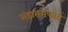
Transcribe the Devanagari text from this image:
संडाससफाई